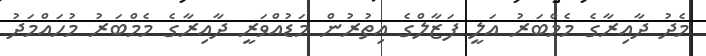
މެދު ދާއިރާގެ މެމްބަރު އަލީ ފަޒާލްގެ އިތުރުން މަޑުއްވަރީ ދާއިރާގެ މެމްބަރު މުހައްމަދު